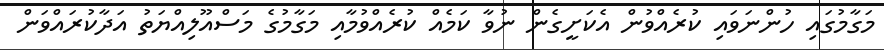
މަގާމުގައި ހުންނަވައި ކުރެއްވުން އެކަށީގެން ނުވާ ކަމެއް ކުރެއްވުމާއި މަގާމުގެ މަސްއޫލިއްޔަތު އަދާކުރައްވަން